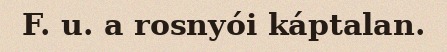
F. u. a rosnyói káptalan.